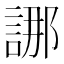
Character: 𮘖